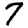
Digit: 7